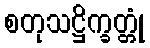
စတုသဋ္ဌိက္ခတ္တုံ